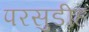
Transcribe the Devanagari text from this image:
परसुडीह